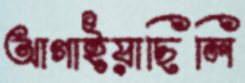
আগাইয়াছিলি